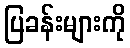
ပြခန်းများကို